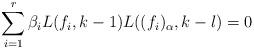
LaTeX: \begin{align*}\sum_{i=1}^r \beta_i L(f_i, k-1)L((f_i)_{\alpha}, k-l)=0\end{align*}